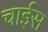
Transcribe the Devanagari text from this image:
चाईस